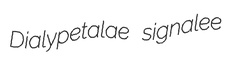
Dialypetalae signalee